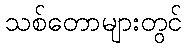
သစ်တောများတွင်